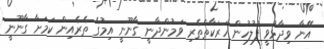
އޭނާ ވިދާޅުވީ ފުލުހުން ހަރަކާތްތެރި ވަމުންދާނީ ގާނޫނީ އިމުގެ ތެރެއިން ކަމަށާ ގާނޫނީ